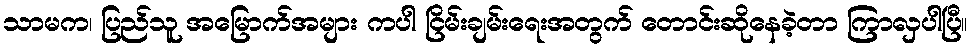
သာမက၊ ပြည်သူ အမြောက်အများ ကပါ ငြိမ်းချမ်းရေးအတွက် တောင်းဆိုနေခဲ့တာ ကြာလှပါပြီ။